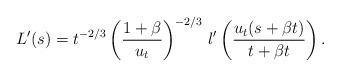
LaTeX: \begin{align*}L ' (s)=t^{-2/3}\left(\frac{1+\beta }{u_t} \right)^{-2/3}\,l' \left(\frac{u_t(s+\beta t)}{t+\beta t} \right). \end{align*}